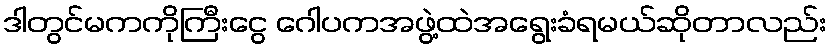
ဒါတွင်မကကိုကြီးငွေ ဂေါပကအဖွဲ့ထဲအရွေးခံရမယ်ဆိုတာလည်း